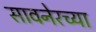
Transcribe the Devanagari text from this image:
सावनेरच्या